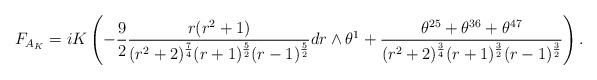
LaTeX: \begin{align*}F_{A_{K}}=iK\left(-\frac{9}{2}\frac{r(r^{2}+1)}{(r^{2}+2)^{\frac{7}{4}}(r+1)^{\frac{5}{2}}(r-1)^{\frac{5}{2}}}dr\wedge\theta^{1}+\frac{\theta^{25}+\theta^{36}+\theta^{47}}{(r^{2}+2)^{\frac{3}{4}}(r+1)^{\frac{3}{2}}(r-1)^{\frac{3}{2}}}\right).\end{align*}